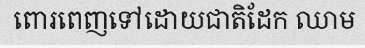
ពោរពេញទៅដោយជាតិដែក ឈាម